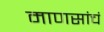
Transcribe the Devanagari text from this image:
माणसांचं